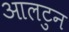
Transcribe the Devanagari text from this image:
आलटुन